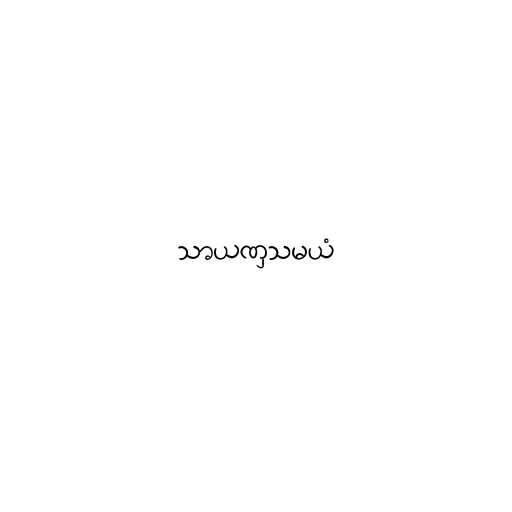
သာယဏှသမယံ